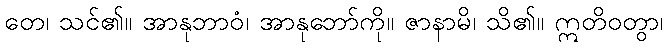
တေ၊ သင်၏။ အာနုဘာဝံ၊ အာနုဘော်ကို။ ဇာနာမိ၊ သိ၏။ ဣတိဝတွာ၊